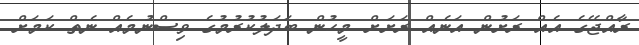
ރާއްޖޭގެ އެއް ރަށުން އަނެއް ރަށަށް މީހުން ބަދަލުކުރުމުގެ ވިސްނުމެއް ނެތް ކަމަށް